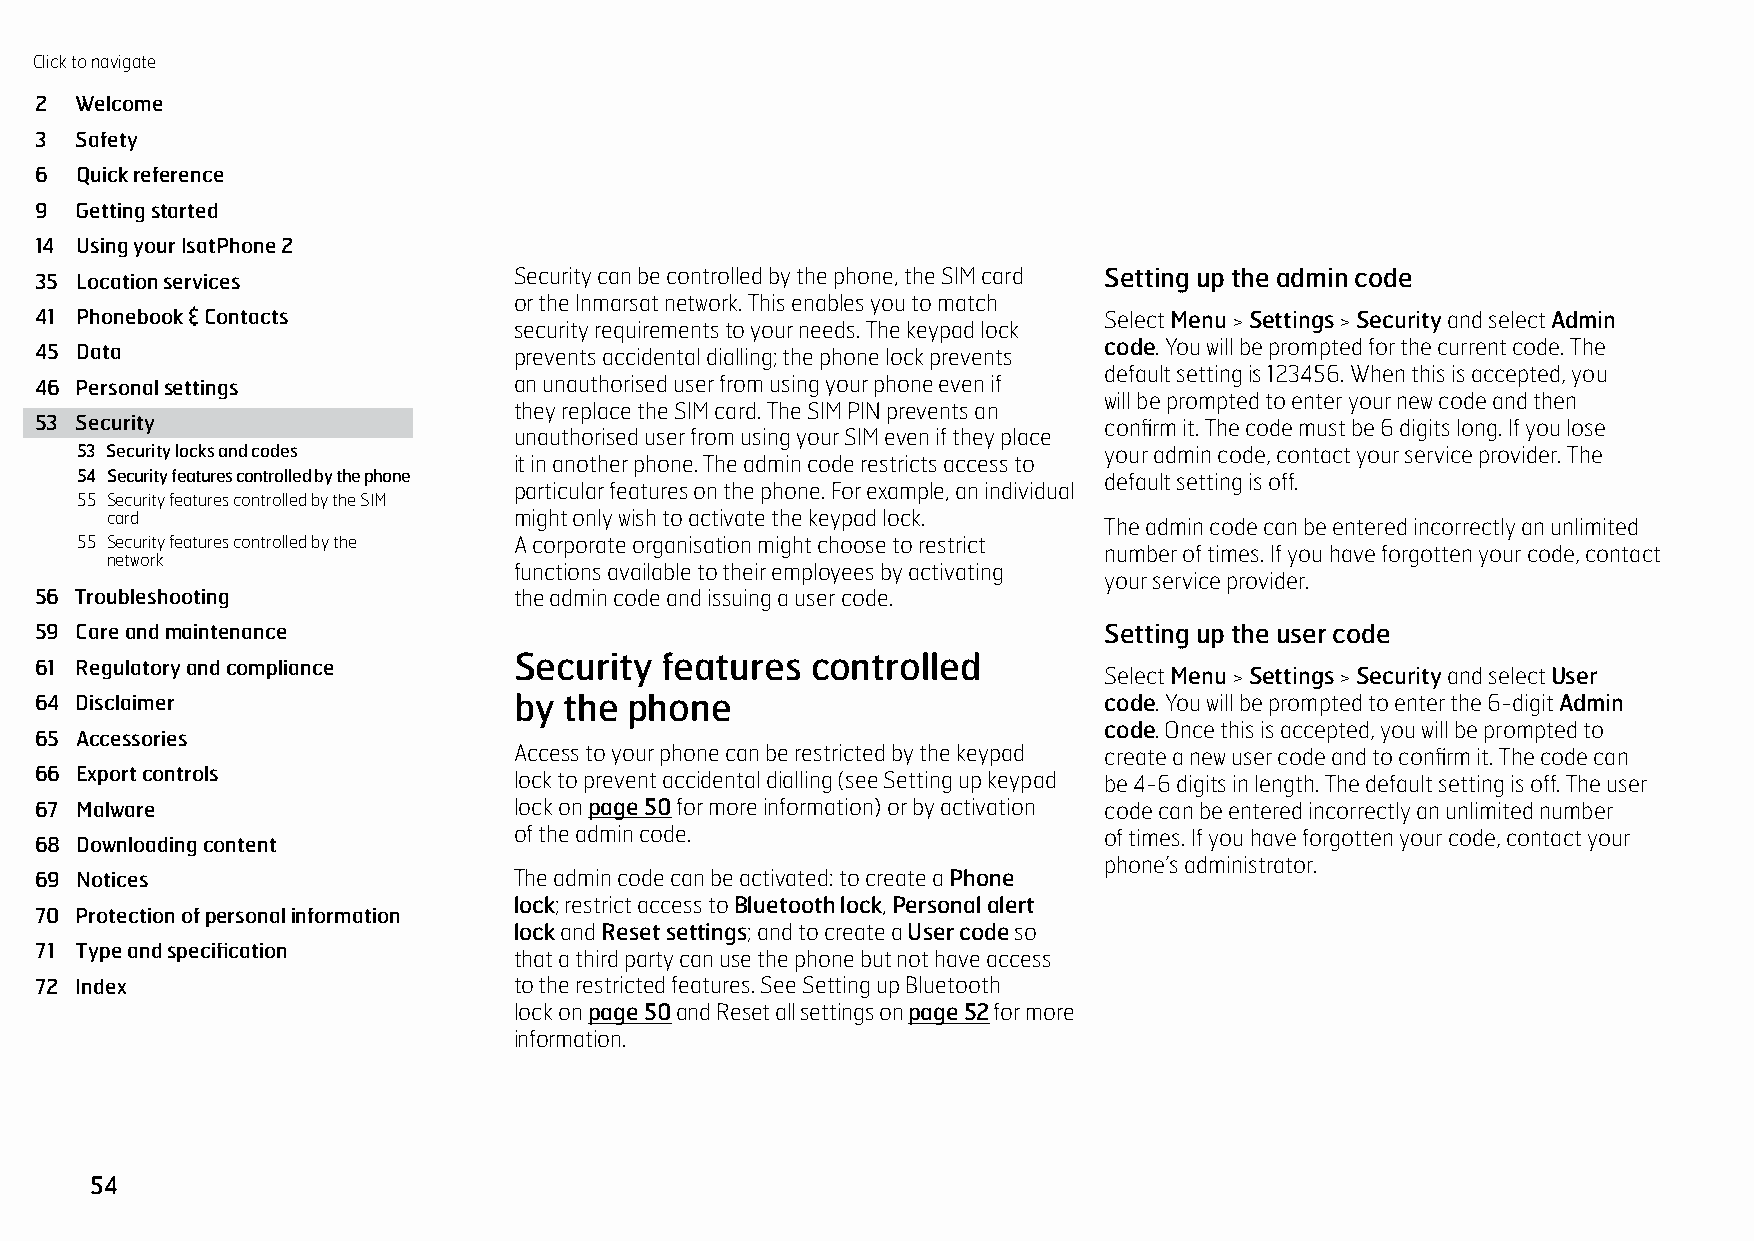
Click to navigate
 2  Welcome
 3  Safety
 6  Quick reference
 9  Getting started
 14 Using your IsatPhone 2
 35 Location services            Security can be controlled by the phone, the SIM card Setting up the admin code
 or the Inmarsat network. This enables you to match
 41 Phonebook & Contacts                                                Select Menu > Settings > Security and select Admin
 security requirements to your needs. The keypad lock
 45 Data                         prevents accidental dialling; the phone lock prevents code. You will be prompted for the current code. The
 default setting is 123456. When this is accepted, you
 46 Personal settings            an unauthorised user from using your phone even if
 will be prompted to enter your new code and then
 they replace the SIM card. The SIM PIN prevents an
 53 Security                                                            confirm it. The code must be 6 digits long. If you lose
 unauthorised user from using your SIM even if they place
 53 Security locks and codes                                         your admin code, contact your service provider. The
 it in another phone. The admin code restricts access to
 54 Security features controlled by the phone                        default setting is off.
 particular features on the phone. For example, an individual
 55 Security features controlled by the SIM
 card                       might only wish to activate the keypad lock.
 The admin code can be entered incorrectly an unlimited
 55 Security features controlled by the A corporate organisation might choose to restrict
 number of times. If you have forgotten your code, contact
 network
 functions available to their employees by activating
 your service provider.
 56 Troubleshooting              the admin code and issuing a user code.
 59 Care and maintenance                                                Setting up the user code
 Security  features  controlled
 61 Regulatory and compliance
 Select Menu > Settings > Security and select User
 64 Disclaimer                   by the phone                           code. You will be prompted to enter the 6-digit Admin
 code. Once this is accepted, you will be prompted to
 65 Accessories
 Access to your phone can be restricted by the keypad create a new user code and to confirm it. The code can
 66 Export controls              lock to prevent accidental dialling (see Setting up keypad be 4-6 digits in length. The default setting is off. The user
 67 Malware                      lock on page 50 for more information) or by activation code can be entered incorrectly an unlimited number
 of the admin code.                     of times. If you have forgotten your code, contact your
 68 Downloading content
 phone’s administrator.
 69 Notices                      The admin code can be activated: to create a Phone
 lock; restrict access to Bluetooth lock, Personal alert
 70 Protection of personal information
 lock and Reset settings; and to create a User code so
 71 Type and specification
 that a third party can use the phone but not have access
 72 Index                        to the restricted features. See Setting up Bluetooth
 lock on page 50 and Reset all settings on page 52 for more
 information.
 54